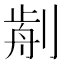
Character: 𠝣